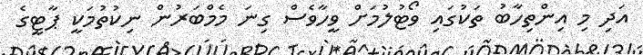
އަދި މި އިންތިހާބު ތަކުގައި ވޯޓުލުމަށް ވީހާވެސް ގިނަ މެމްބަރުން ނިކުތުމަކީ ޕާޓީގެ